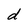
Character: d